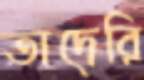
তাদেরি